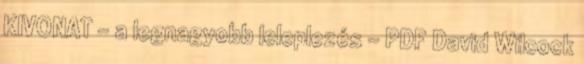
KIVONAT - a legnagyobb leleplezés - PDF David Wilcock